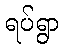
ရပ်ရွာ